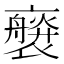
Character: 𧝻